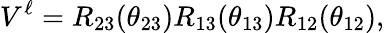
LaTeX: V^{\ell}=R_{23}(\theta_{23})R_{13}(\theta_{13})R_{12}(\theta_{12}),